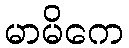
မာမိကေ